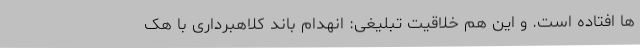
ها افتاده است. و این هم خلاقیت تبلیغی: انهدام باند کلاهبرداری با هک